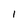
Character: l